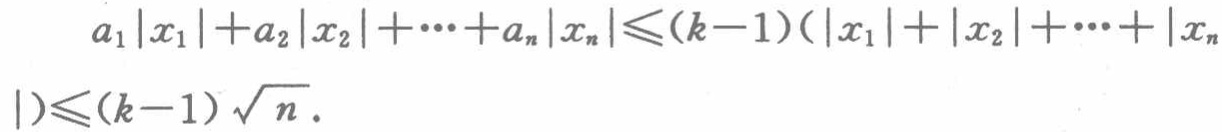
\[

a_{1}\left|x_{1}\right|+a_{2}\left|x_{2}\right|+\cdots+a_{n}\left|x_{n}\right| \leqslant(k - 1)\left(\left|x_{1}\right|+\left|x_{2}\right|+\cdots+\left|x_{n}\right|\right) \leqslant(k - 1)\sqrt{n}.

\]